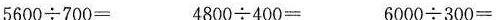
5600{\div} 700= 4800{\div} 400= 6000{\div} 300=